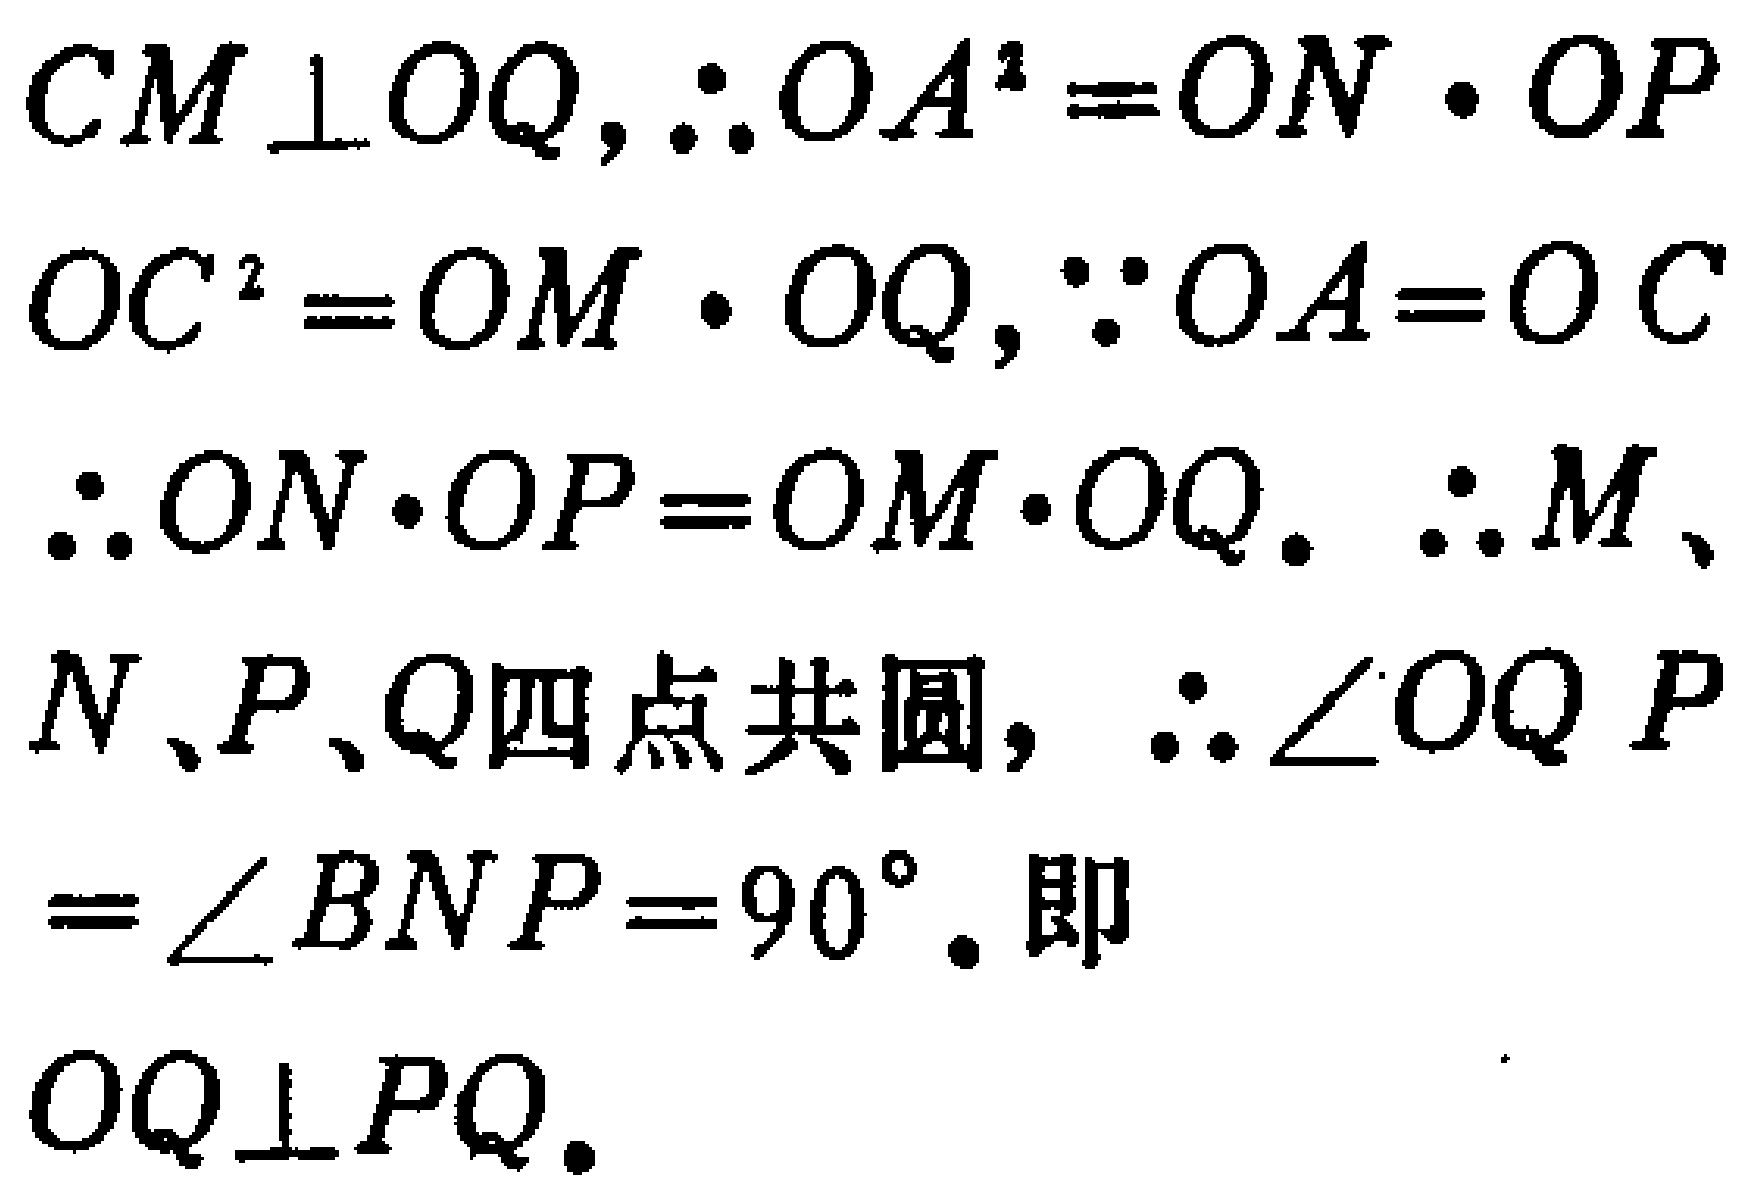
$CM\perp OQ,\therefore OA^{2}=ON\cdot OP$

$OC^{2}=OM\cdot OQ,\because OA = OC$

$\therefore ON\cdot OP=OM\cdot OQ.\ \therefore M、$

$N、P、Q四点共圆,\therefore \angle OQP$

$=\angle BNP = 90^{\circ}.$即

$OQ\perp PQ.$